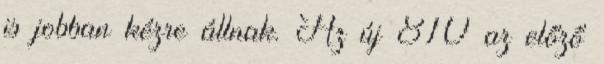
is jobban kézre állnak. Az új 810 az előző